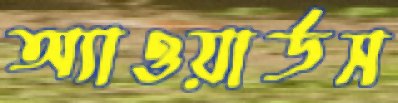
অ্যাওয়ার্ডস